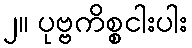
၂။ ပုဗ္ဗကိစ္စငါးပါး